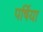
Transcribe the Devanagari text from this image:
पर्षिया